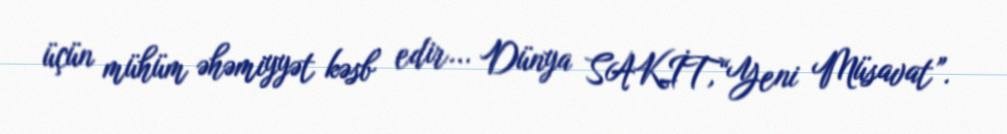
üçün mühüm əhəmiyyət kəsb edir... Dünya SAKİT,“Yeni Müsavat”.